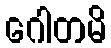
ဂေါတမိ